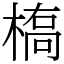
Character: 槗